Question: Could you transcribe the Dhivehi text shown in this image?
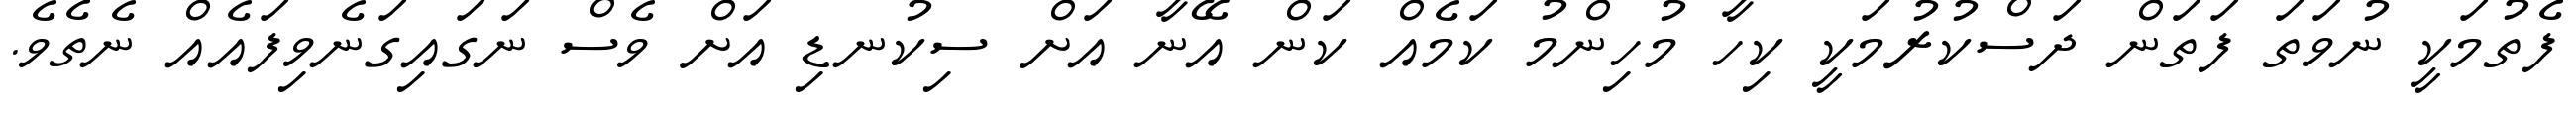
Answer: ފެތުމަކީ ނުވަތަ ފަތަން ދަސްކުރުމަކީ ކިހާ މުހިންމު ކަމެއް ކަން އޭނާ އަށް ސިކުނޑި އަށް ވެސް ނަގައިގަނެވިފައެއް ނެތެވެ.